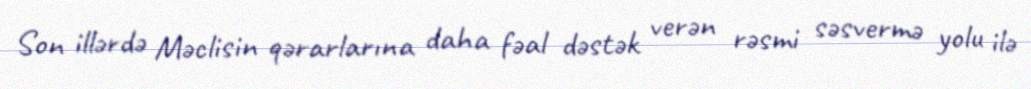
Son illərdə Məclisin qərarlarına daha fəal dəstək verən rəsmi səsvermə yolu ilə